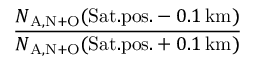
\frac { N _ { \mathrm { A , N + O } } ( \mathrm { S a t . p o s . } - 0 . 1 \, \mathrm { k m } ) } { N _ { \mathrm { A , N + O } } ( \mathrm { S a t . p o s . } + 0 . 1 \, \mathrm { k m } ) }